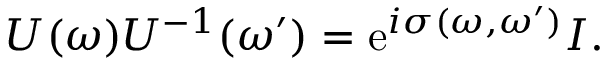
U ( \omega ) U ^ { - 1 } ( \omega ^ { \prime } ) = \mathrm { e } ^ { i \sigma ( \omega , \omega ^ { \prime } ) } I .